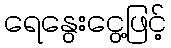
ရေနွေးငွေ့ဖြင့်